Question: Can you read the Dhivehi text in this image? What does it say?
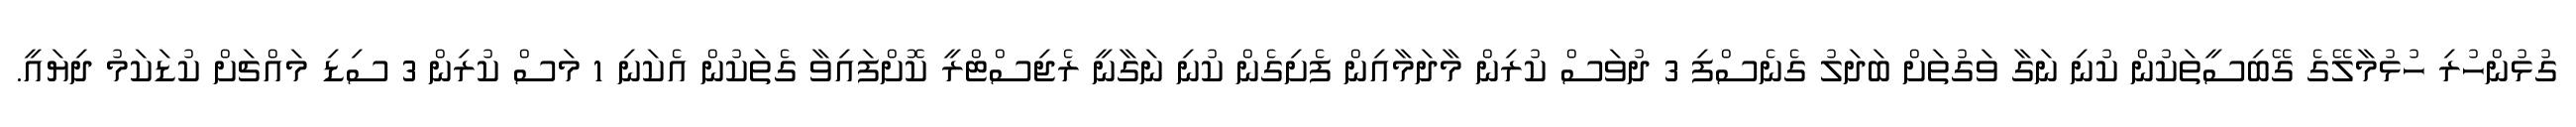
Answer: ގުޅުންހުރި ހުޅުމާލޭގެ ގޭބިސީތަކުން ކުނި ނަގާ ވަގުތަށް ބަދަލު ގެނެސްފި 3 ދުވަސް ކުރިން މާދަމާއިން ފެށިގެން ކުނި ނަގާނީ ރެޖިސްޓްރީ ކޮށްފައިވާ ގެތަކުން އެކަނި 1 މަސް ކުރިން 3 ސިޑި މައްޗަށް ކުޑަކަމު ދިޔައީ.